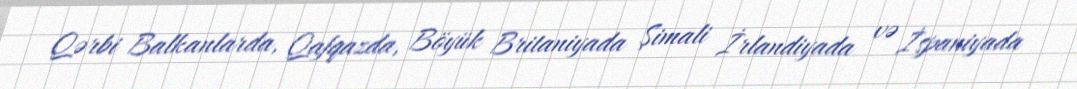
Qərbi Balkanlarda, Qafqazda, Böyük Britaniyada Şimali İrlandiyada və İspaniyada